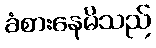
ခံစားနေမိသည်